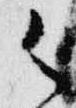
御